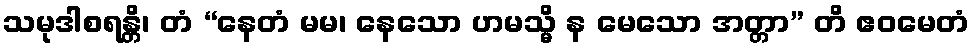
သမုဒါစရန္တိ၊ တံ “နေတံ မမ၊ နေသော ဟမသ္မိ န မေသော အတ္တာ” တိ ဧဝမေတံ